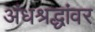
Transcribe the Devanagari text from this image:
अंधश्रद्धांवर